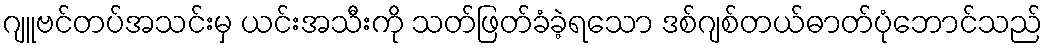
ဂျူဗင်တပ်အသင်းမှ ယင်းအသီးကို သတ်ဖြတ်ခံခဲ့ရသော ဒစ်ဂျစ်တယ်ဓာတ်ပုံဘောင်သည်